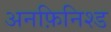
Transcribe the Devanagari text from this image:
अनफ़िनिश्ड